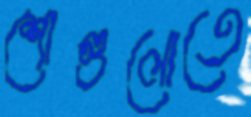
শোগুলোতে